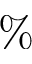
\%